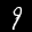
Label: 9